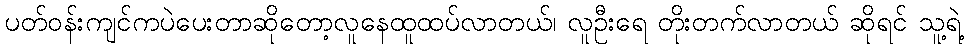
ပတ်ဝန်းကျင်ကပဲပေးတာဆိုတော့လူနေထူထပ်လာတယ်၊ လူဦးရေ တိုးတက်လာတယ် ဆိုရင် သူ့ရဲ့